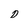
Character: 0